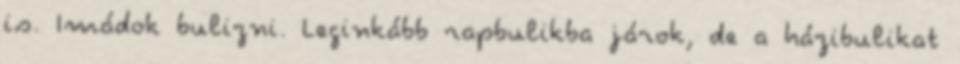
is. Imádok bulizni. Leginkább rapbulikba járok, de a házibulikat